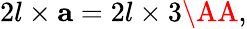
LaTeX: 2l\times\mathbf{a}=2l\times 3\textrm{\AA},